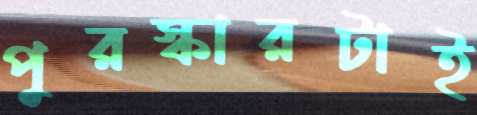
পুরস্কারটাই